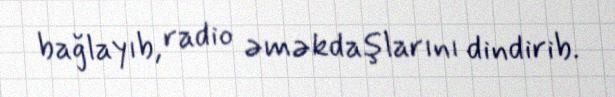
bağlayıb, radio əməkdaşlarını dindirib.